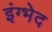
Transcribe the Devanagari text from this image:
इंग्भेद